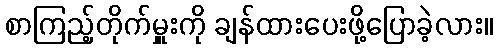
စာကြည့်တိုက်မှူးကို ချန်ထားပေးဖို့ပြောခဲ့လား။